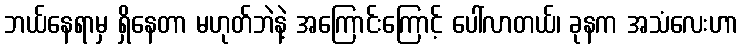
ဘယ်နေရာမှ ရှိနေတာ မဟုတ်ဘဲနဲ့ အကြောင်းကြောင့် ပေါ်လာတယ်၊ ခုနက အသံလေးဟာ